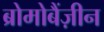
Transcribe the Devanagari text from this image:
ब्रोमोबैंज़ीन